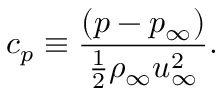
c _ { p } \equiv \frac { \left( p - p _ { \infty } \right) } { \frac { 1 } { 2 } \rho _ { \infty } u _ { \infty } ^ { 2 } } .